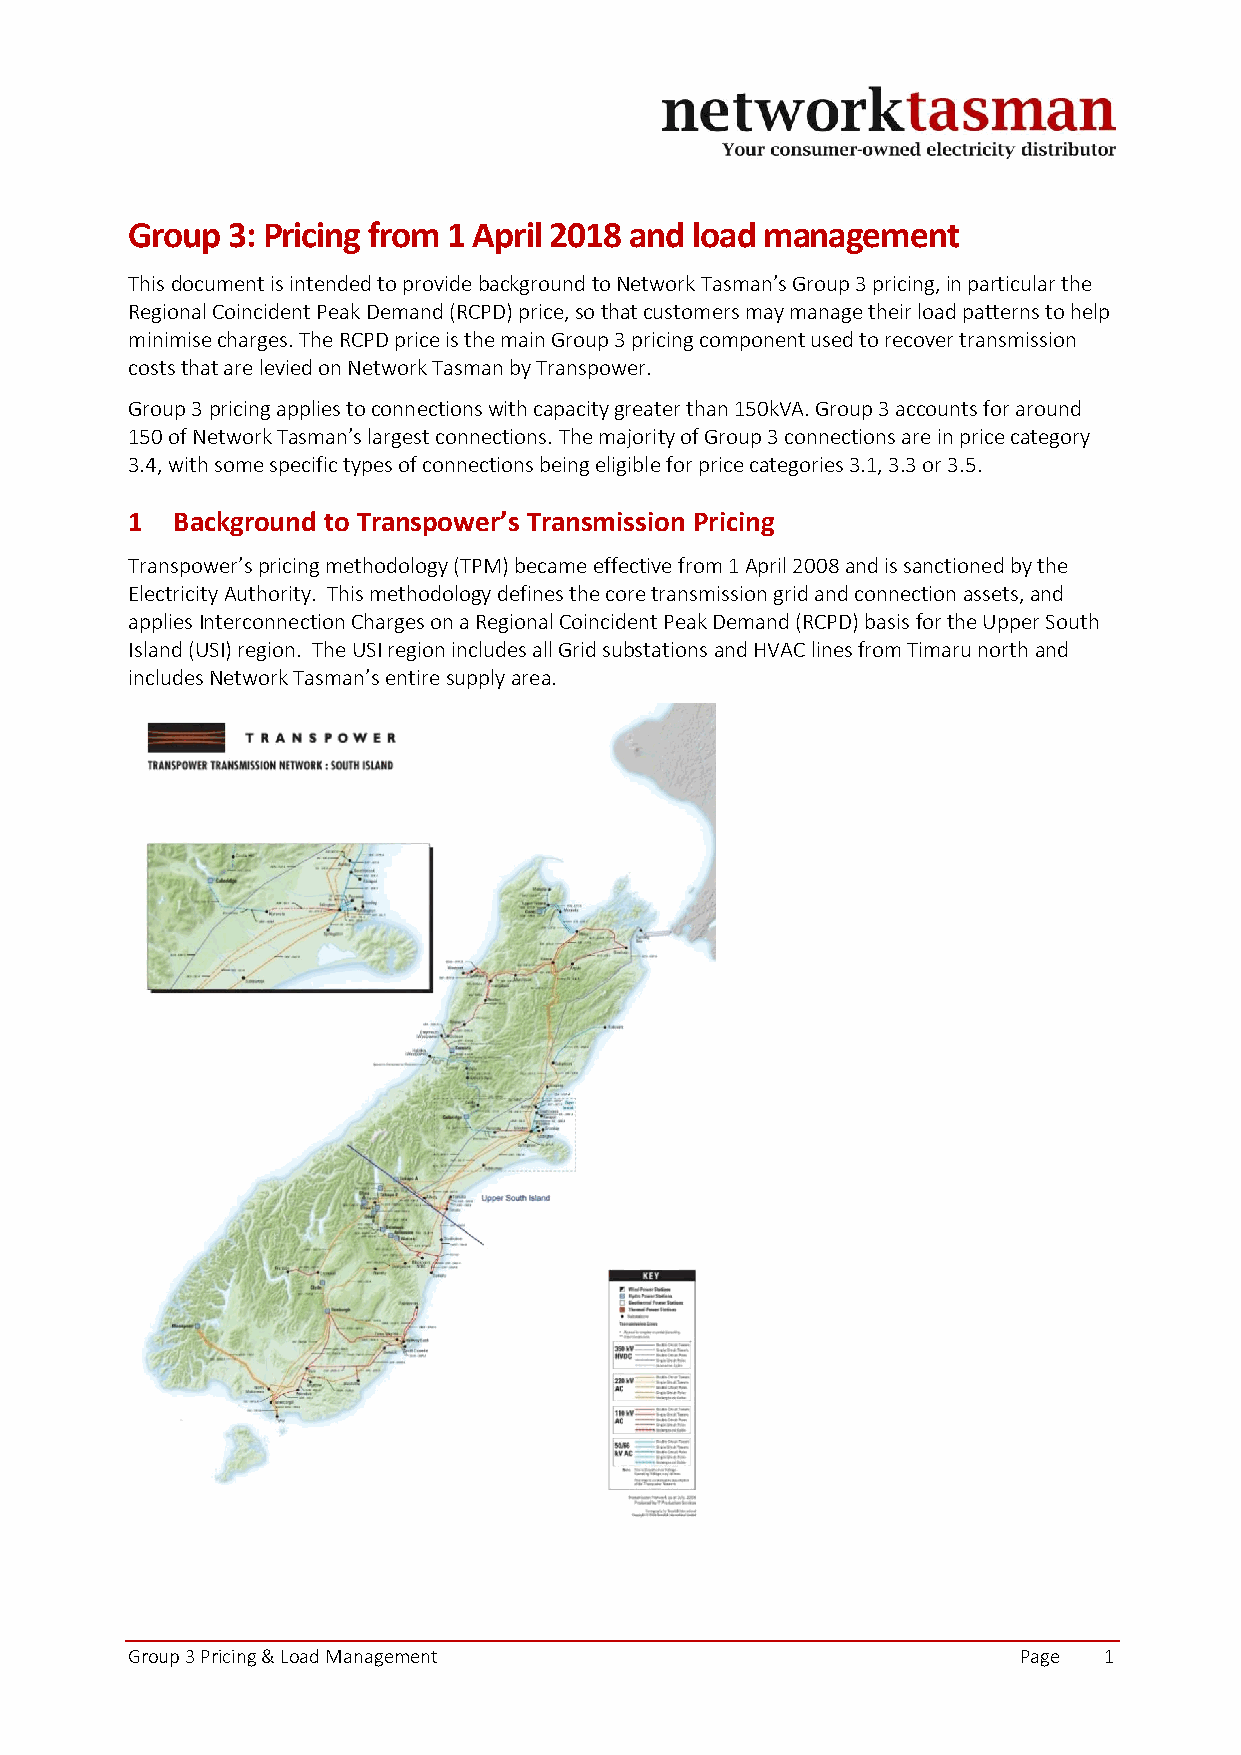
Group  3: Pricing from 1 April 2018 and load management
 This document is intended to provide background to Network Tasman’s Group 3 pricing, in particular the
 Regional Coincident Peak Demand (RCPD) price, so that customers may manage their load patterns to help
 minimise charges. The RCPD price is the main Group 3 pricing component used to recover transmission
 costs that are levied on Network Tasman by Transpower.
 Group 3 pricing applies to connections with capacity greater than 150kVA. Group 3 accounts for around
 150 of Network Tasman’s largest connections. The majority of Group 3 connections are in price category
 3.4, with some specific types of connections being eligible for price categories 3.1, 3.3 or 3.5.
 1  Background to Transpower’s Transmission Pricing
 Transpower’s pricing methodology (TPM) became effective from 1 April 2008 and is sanctioned by the
 Electricity Authority. This methodology defines the core transmission grid and connection assets, and
 applies Interconnection Charges on a Regional Coincident Peak Demand (RCPD) basis for the Upper South
 Island (USI) region. The USI region includes all Grid substations and HVAC lines from Timaru north and
 includes Network Tasman’s entire supply area.
 Group 3 Pricing & Load Management                          Page  1